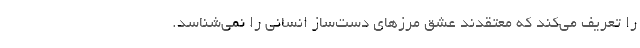
را تعریف می‌کند که معتقدند عشق مرزهای دست‌ساز انسانی را نمی‌شناسد.